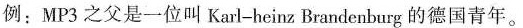
例：MP3之父是一位叫Karl-heinz Brandenlurg的德国青年。